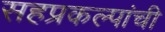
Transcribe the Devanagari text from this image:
सहप्रकल्पांची